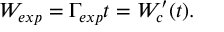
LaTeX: W _ { e x p } = \Gamma _ { e x p } t = W _ { c } ^ { \prime } ( t ) .